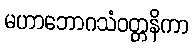
မဟာဘောဂသံဝတ္တနိကာ